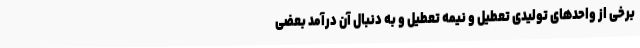
برخی از واحدهای تولیدی تعطیل و نیمه تعطیل و به دنبال آن درآمد بعضی